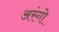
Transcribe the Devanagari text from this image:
अरंगो